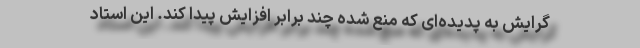
گرایش به پدیده‌ای که منع شده چند برابر افزایش پیدا کند. این استاد